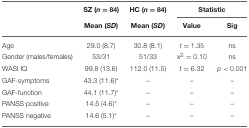
|  | SZ (n = 84) | HC (n = 84) | <COLSPAN=2> Statistic |
 |  | Mean (SD) | Mean (SD) | Value | Sig |
 | --- | --- | --- | --- | --- |
 | Age | 29.0 (8.7) | 30.8 (8.1) | t = 1.35 | ns |
 | Gender (males/females) | 53/31 | 51/33 | x2 = 0.10 | ns |
 | WASI IQ | 99.8 (13.6) | 112.0 (11.5) | t = 6.32 | p < 0.001 |
 | GAF-symptoms | 43.3 (11.6)* | – | – | – |
 | GAF-function | 44.1 (11.7)* | – | – | – |
 | PANSS positive | 14.5 (4.6)* | – | – | – |
 | PANSS negative | 14.6 (5.1)* | – | – | – |